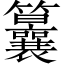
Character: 𥸒